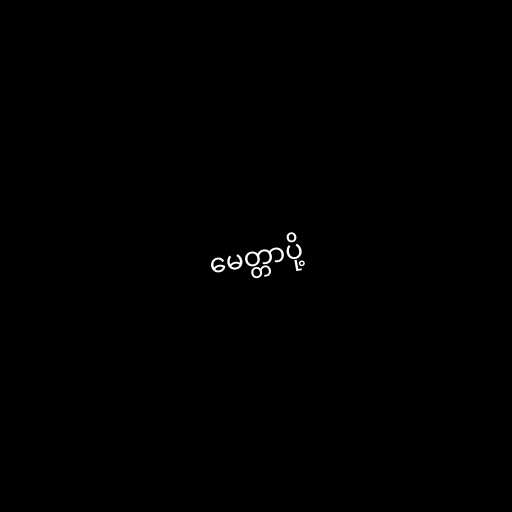
မေတ္တာပို့